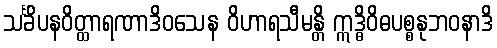
သင်္ခိပနဝိတ္ထာရဏာဒိဝသေန ဝိဟာရသီမန္တိ ဣဒ္ဓိဝိဓပစ္စနုဘဝနာဒိ